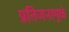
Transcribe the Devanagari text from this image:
प्रतिजनामुळे